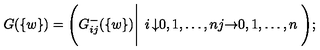
G ( \{ w \} ) = \Bigg ( G _ { i j } ^ { - } ( \{ w \} ) \Bigg | \left. \begin{matrix} { i } & { \downarrow } & { 0 , 1 , \ldots , n } \\ { j } & { \rightarrow } & { 0 , 1 , \ldots , n } \\ \end{matrix} \right. \Bigg ) ;